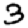
Digit: 3